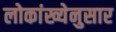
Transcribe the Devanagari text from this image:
लोकांख्येनुसार